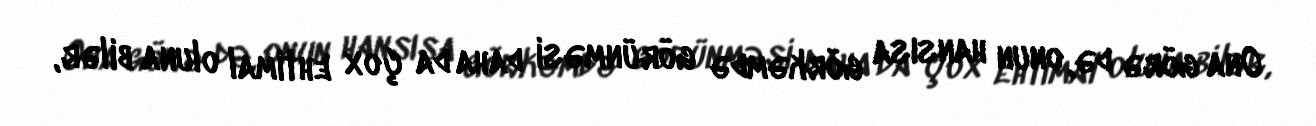
Ona görə də, onun hansısa görkəmdə görünməsi daha da çox ehtimal oluna bilər,